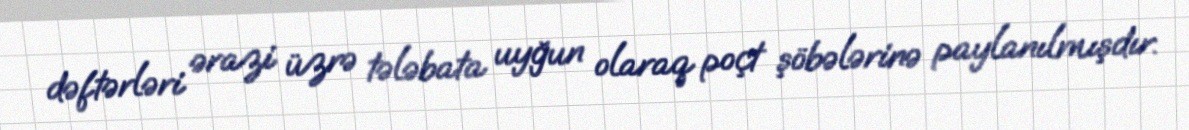
dəftərləri ərazi üzrə tələbata uyğun olaraq poçt şöbələrinə paylanılmışdır.